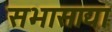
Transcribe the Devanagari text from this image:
सभासाद्या